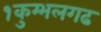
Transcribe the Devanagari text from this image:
१कुम्भलगढ